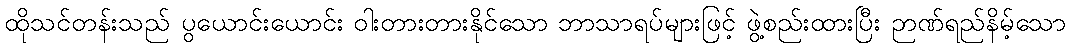
ထိုသင်တန်းသည် ပွယောင်းယောင်း ဝါးတားတားနိုင်သော ဘာသာရပ်များဖြင့် ဖွဲ့စည်းထားပြီး ဉာဏ်ရည်နိမ့်သော